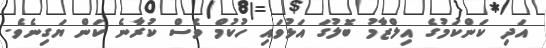
އަދި ކަންކަމުގެ އިލްޒާމު ބޮލުގަ އަޅުވައި ހުކުމް ވެސް ކުރާނެ ކަން ޔަގިނެވެ.